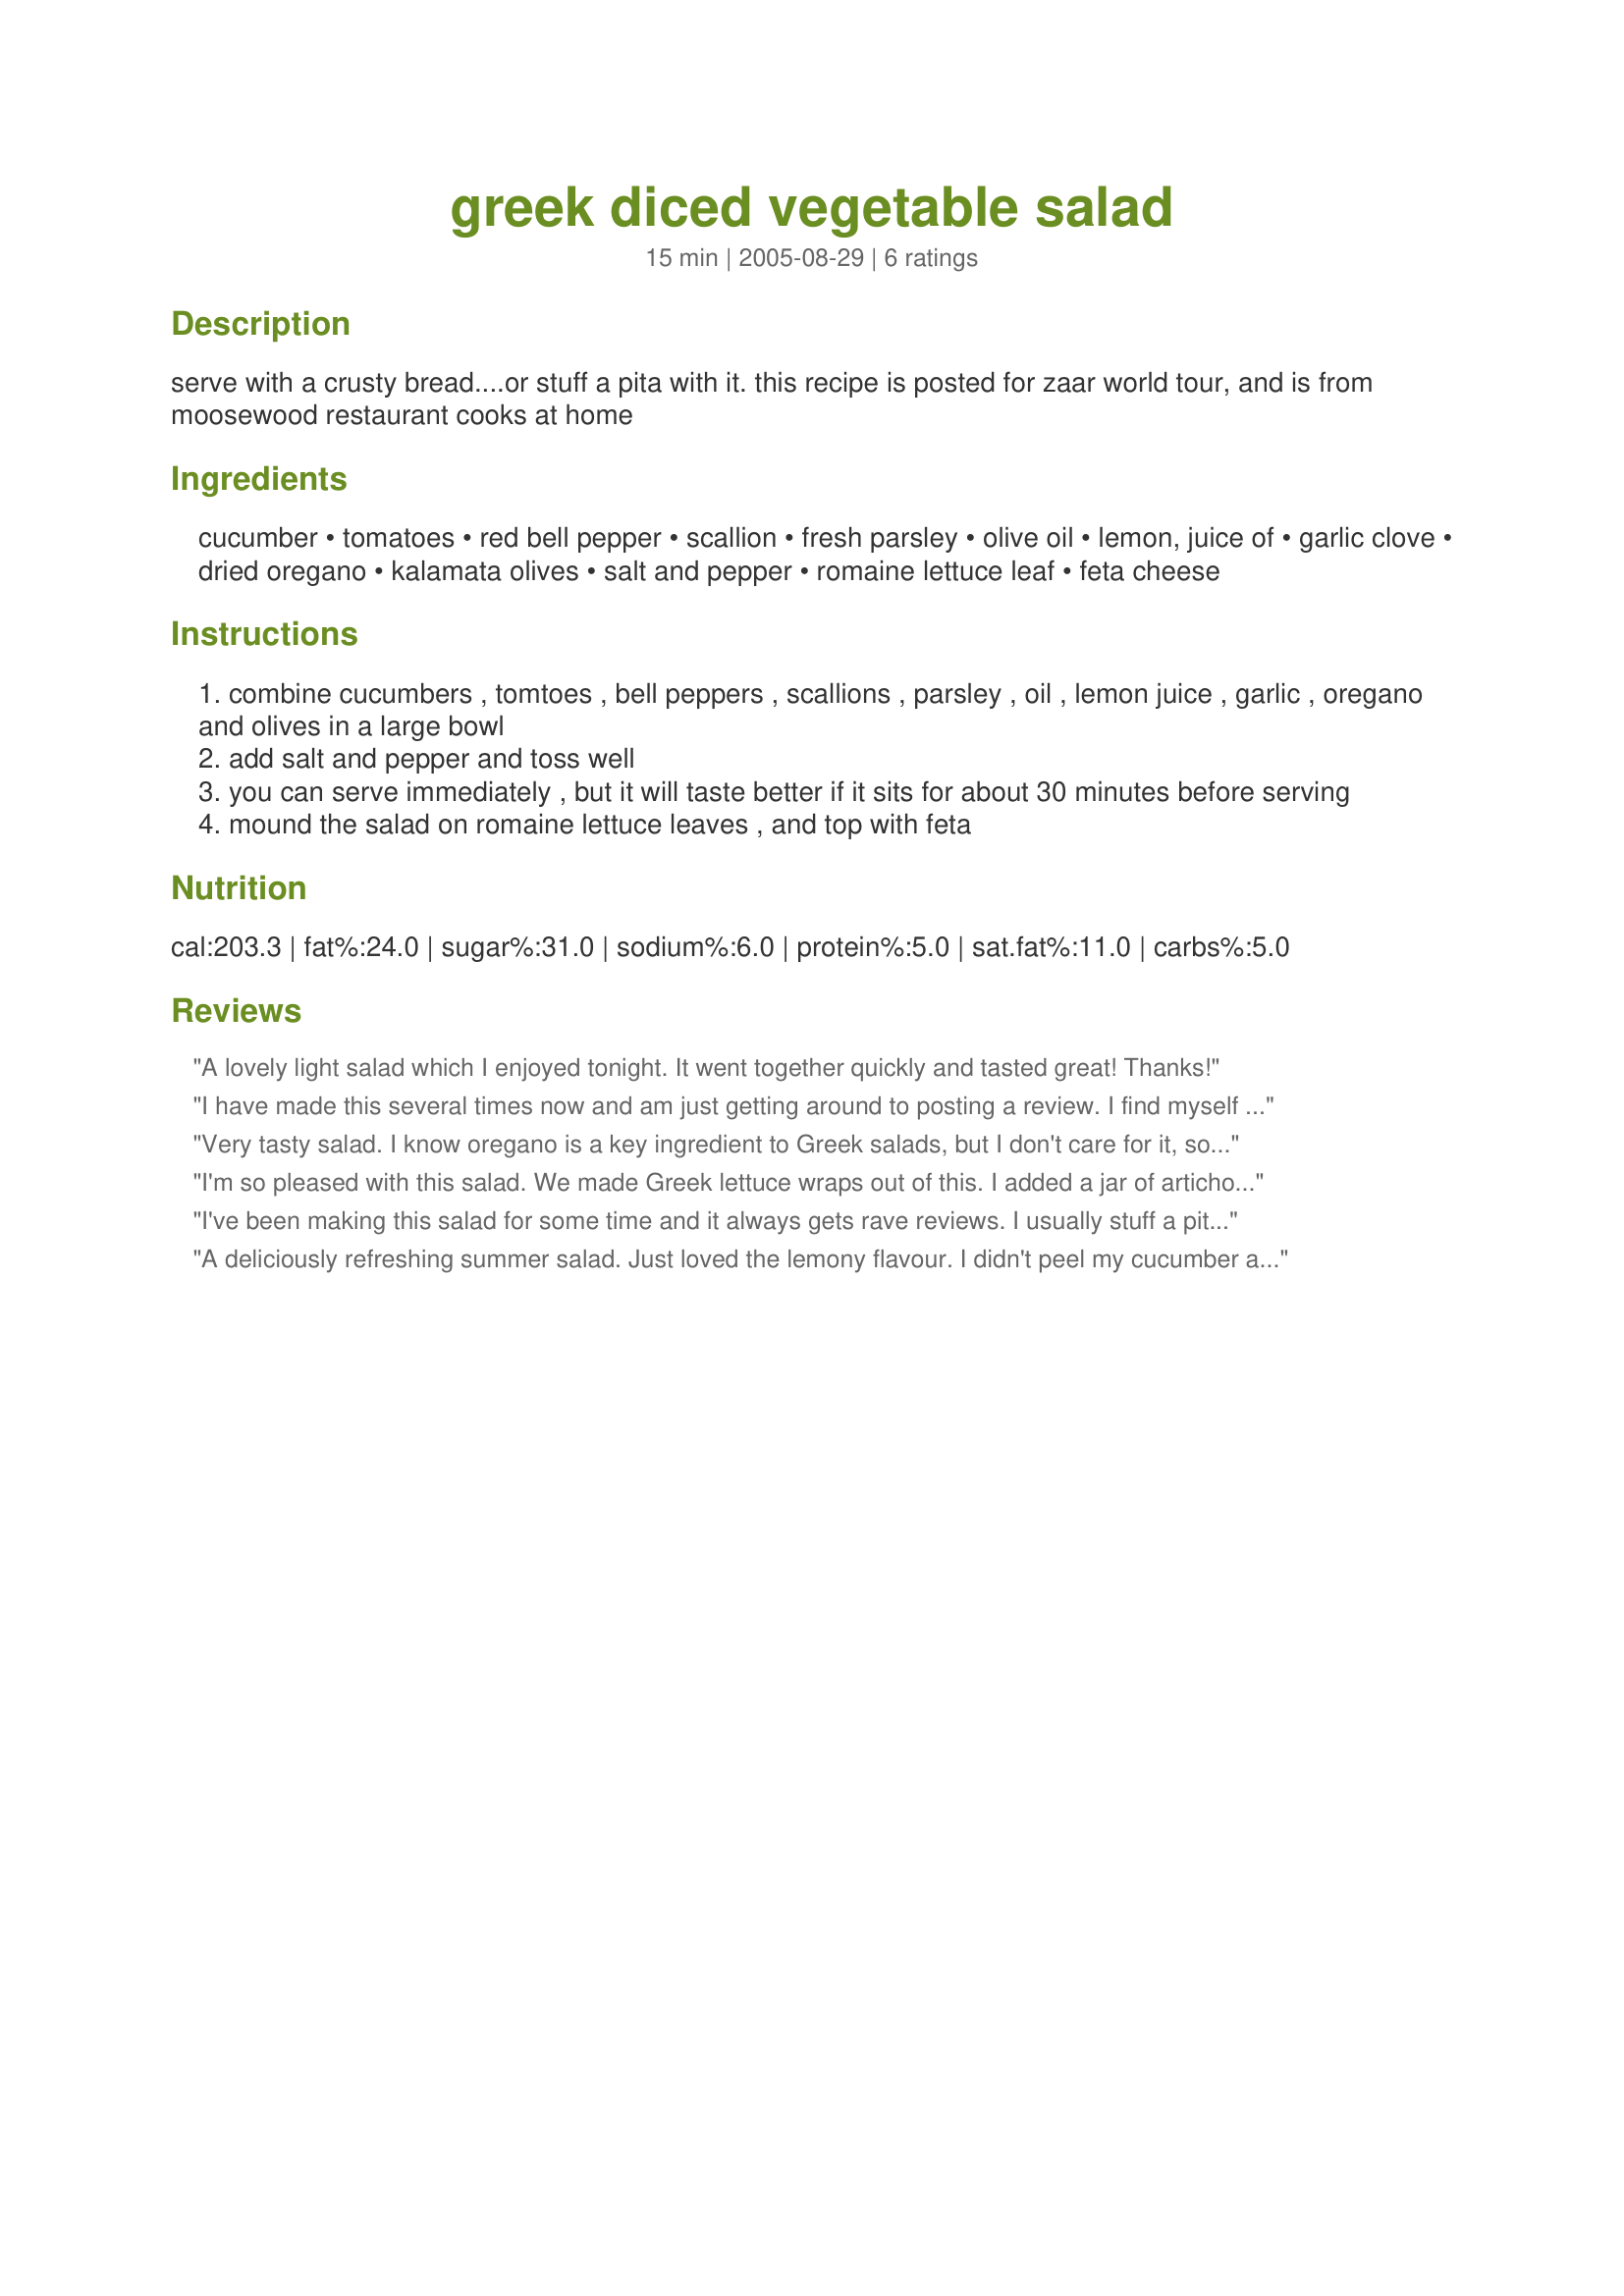
greek diced vegetable salad
Preparation time: 15 minutes

serve with a crusty bread....or stuff a pita with it. this recipe is posted for zaar world tour, and is from moosewood restaurant cooks at home

Ingredients:
cucumber, tomatoes, red bell pepper, scallion, fresh parsley, olive oil, lemon, juice of, garlic clove, dried oregano, kalamata olives, salt and pepper, romaine lettuce leaf, feta cheese

Steps:
combine cucumbers , tomtoes , bell peppers , scallions , parsley , oil , lemon juice , garlic , oregano and olives in a large bowl
add salt and pepper and toss well
you can serve immediately , but it will taste better if it sits for about 30 minutes before serving
mound the salad on romaine lettuce leaves , and top with feta

Reviews:
A lovely light salad which I enjoyed tonight. It went together quickly and tasted great! Thanks!
I have made this several times now and am just getting around to posting a review. I find myself using this often with the produce from a summer garden. I have subbed whole black olives if that was what I had on hand. Terrific recipe Bunny!
Very tasty salad. I know oregano is a key ingredient to Greek salads, but I don't care for it, so I left it out and added basil instead. A definite keeper of a recipe. Thanks for sharing it.
I'm so pleased with this salad. We made Greek lettuce wraps out of this. I added a jar of artichoke hearts, drained, doubled the olives and used about 1/2 cup of feta. It was a nice, light side to the grilled chicken we had (marinated in a greek dressing).
I've been making this salad for some time and it always gets rave reviews. I usually stuff a pita with this salad and some hummus together. Mmmmmm.
A deliciously refreshing summer salad. Just loved the lemony flavour. I didn't peel my cucumber as the Lebanese cucumbers I always buy don't need peeling (or seeding). I doubled the number of kalamata olives and left them whole, and I added feta just before serving. A fabulous side dish to grilled or BBQd meats or a flavoursome stand alone salad (which is how I enjoyed mine) with crusty bread. Thank you, Bunny Mom, for sharing another wonderful recipe.
